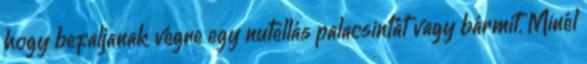
hogy befaljanak végre egy nutellás palacsintát vagy bármit. Minél